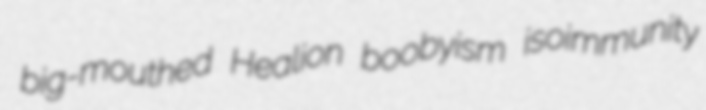
big-mouthed Healion boobyism isoimmunity